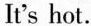
It's hot.